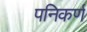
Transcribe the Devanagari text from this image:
पनिकर्ण